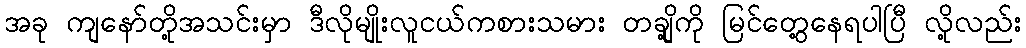
အခု ကျနော်တို့အသင်းမှာ ဒီလိုမျိုးလူငယ်ကစားသမား တချို့ကို မြင်တွေ့နေရပါပြီ လို့လည်း